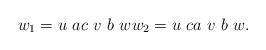
LaTeX: \begin{align*}w_1 = u\ ac\ v\ b\ w w_2 = u\ ca\ v\ b\ w.\end{align*}